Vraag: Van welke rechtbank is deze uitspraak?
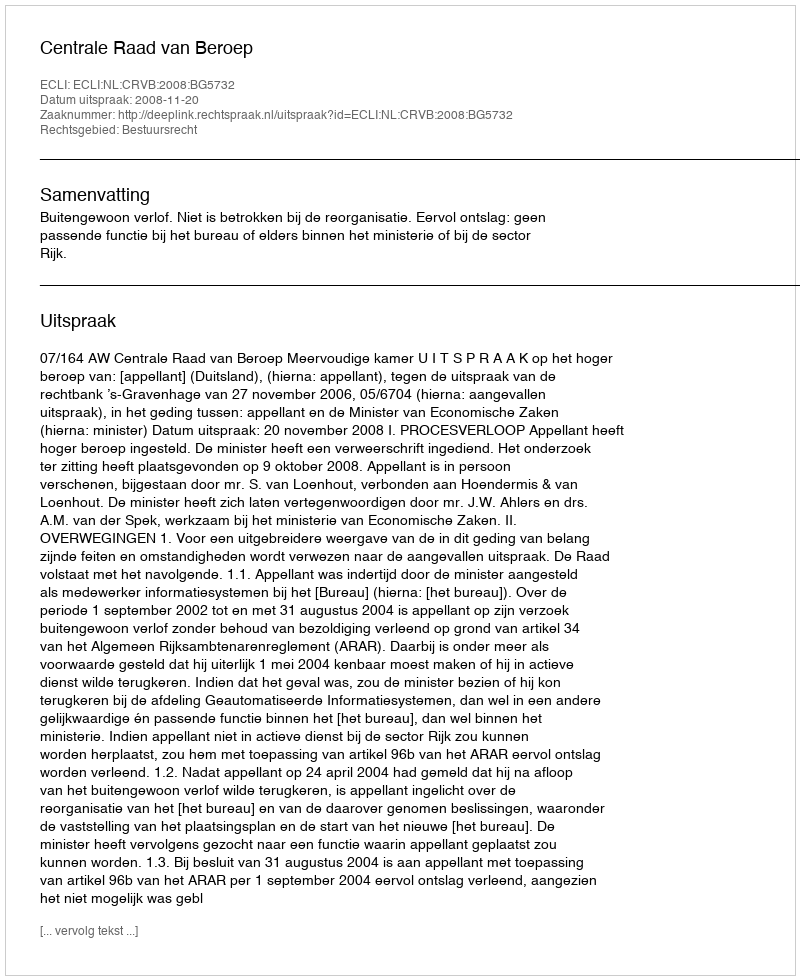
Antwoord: Centrale Raad van Beroep